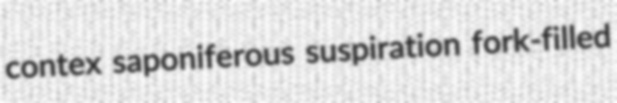
contex saponiferous suspiration fork-filled